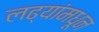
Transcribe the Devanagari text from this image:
लढ्यांमधून